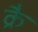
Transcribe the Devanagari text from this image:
क्रै